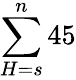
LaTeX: \sum\limits_{H=s}^{n}45